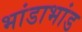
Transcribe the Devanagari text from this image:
भांडाभांड